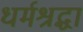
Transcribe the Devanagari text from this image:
धर्मश्रद्धा